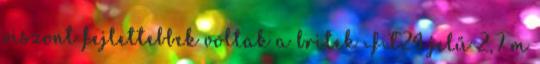
viszont fejlettebbek voltak a britek FT24 jelű 2,7 m